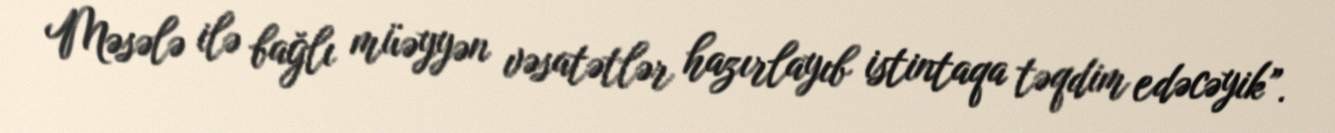
Məsələ ilə bağlı müəyyən vəsatətlər hazırlayıb istintaqa təqdim edəcəyik”.